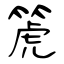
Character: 箎